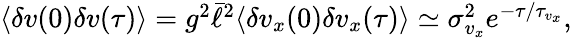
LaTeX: \begin{array}{r}{\langle\delta v(0)\delta v(\tau)\rangle=g^{2}\bar{\ell}^{2}\langle\delta v_{x}(0)\delta v_{x}(\tau)\rangle\simeq\sigma_{v_{x}}^{2}e^{-\tau/\tau_{v_{x}}},}\end{array}